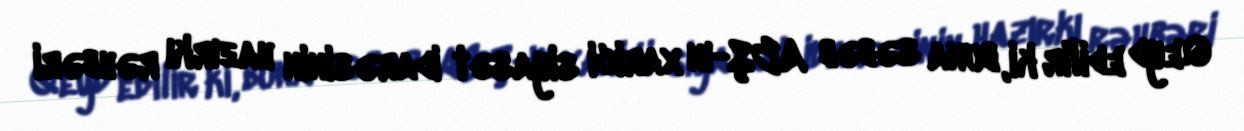
Qeyd edilir ki, buna səbəb ABŞ-ın xarici siyasət idarəsinin hazırkı rəhbəri